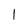
Character: I